Vaccination Hyderabad 1872-1889 - 1872-1889
Year: 1872
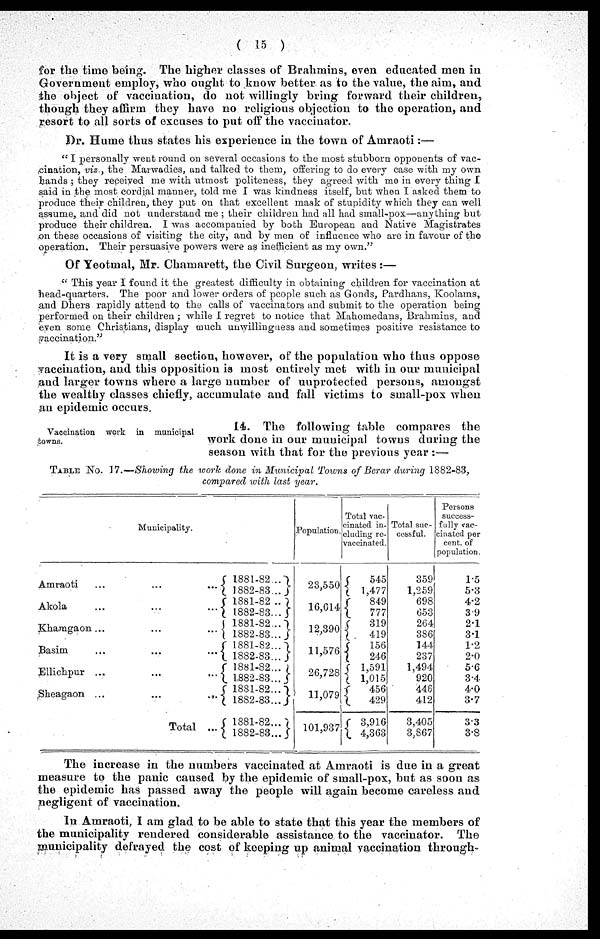
( 15 )
for the time being. The higher classes of Brahmins, even educated men in
Government employ, who ought to know better as to the value, the aim, and
t he object of vaccination, do not willingly bring forward their children,
though they affirm they have no religious objection to the operation, and
resort to all sorts of excuses to put off the vaccinator.
Dr. Hume thus states his experience in the town of Amraoti:—
" I personally went round on several occasions to the most stubborn opponents of vac-
cination, viz., the Marwadies, and talked to them, offering to do every case with my own
hands ; they received me with utmost politeness, they agreed with me in every thing I
said in the most cordial manner, told me I was kindness itself, but when I asked them to
produce their children, they put on that excellent mask of stupidity which they can well
assume, and did not understand me ; their children had all had small-pox—anything but
produce their children. I was accompanied by both European and Native Magistrates
on these occasions of visiting the city, and by men of influence who are in favour of the
operation. Their persuasive powers were as inefficient as my own."
Of Yeotmal, Mr. Chamarett, the Civil Surgeon, writes : —
" This year I found it the greatest difficulty in obtaining children for vaccination at
head-quarters. The poor and lower orders of people such as Gonds, Pardhans, Koolams,
and Dhers rapidly attend to the calls of vaccinators and submit to the operation being
performed on their children; while I regret to notice that Mahomedans, Brahmins, and
even some Christians, display much unwillingness and sometimes positive resistance to
vaccination."
It is a very small section, however, of the population who thus oppose
vaccination, and this opposition is most entirely met with in our municipal
and larger towns where a large number of unprotected persons, amongst
the wealthy classes chiefly, accumulate and fall victims to small-pox when
an epidemic occurs.
Vaccination work in municipal
towns.
14. The following table compares the
work done in our municipal towns during the
season with that for the previous year :—
TABLE No. 17.—Showing the work done in Municipal Towns of Berar during 1882-83,
compared with last year.
Municipality.
Amraoti
...
...
...
Akola ... ... ...
Khamgaon...
...
...
Basim
...
...
....
Ellichpur ... ... ...
Sheagaon ...
...
...
Total ...
Total
...
1881-82...
1882-83...
1881-82 ...
1882-83...
1881-82...
1882-83...
1881-82...
1882-83...
1881-82...
1882-83...
1881-82...
1882-83...
1881-82...
1882-83...
Population.
23,550
16,614
12,390
11,576
26,728
11,079
101,937
Total vac-
cinated in-
cluding re-
vaccinated.
545
1,477
849
777
319
419
156
246
1,591
1,015
456
429
3,916
4,363
Total suc-
cessful.
359
1,259
698
653
264
386
144
237
1,494
920
446
412
3,405
3,867
Persons
success-
fully vac-
cinated per
cent. of
population.
1.5
5.3
4.2
3.9
2.1
3.1
1.2
2.0
5.6
3.4
4.0
3.7
3.3
3.8
The increase in the numbers vaccinated at Amraoti is due in a great
measure to the panic caused by the epidemic of small-pox, but as soon as
the epidemic has passed away the people will again become careless and
negligent of vaccination.
In Amraoti, I am glad to be able to state that this year the members of
the municipality rendered considerable assistance to the vaccinator. The
municipality defrayed the cost of keeping up animal vaccination through-